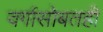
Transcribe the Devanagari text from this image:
वर्गासोबतही